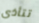
تتأذى